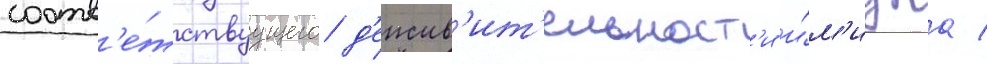
соотв'е́тствуущего д'еиств'ит'ельност'и и́м'иджа /